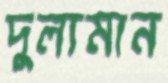
দুল্যমান